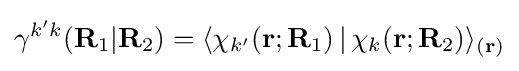
\gamma ^{k'k}(\mathbf {R} _{1}|\mathbf {R} _{2})=\langle \chi _{k'}(\mathbf {r} ;\mathbf {R} _{1})\,|\,\chi _{k}(\mathbf {r} ;\mathbf {R} _{2})\rangle _{(\mathbf {r} )}